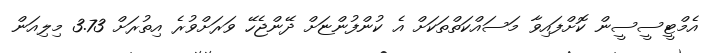
އެމްޓީސީސީން ކޮށްފައިވާ މަސައްކަތްތަކަށް އެ ކުންފުންޏަށް ދޭންޖެހޭ ވަރަށްވުރެ އިތުރަށް 3.73 މިލިއަން